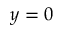
y = 0